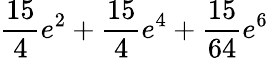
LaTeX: \frac{15}{4}e^{2}+\frac{15}{4}e^{4}+\frac{15}{64}e^{6}